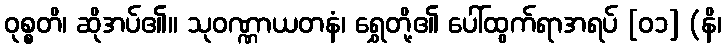
ဝုစ္စတိ၊ ဆိုအပ်၏။ သုဝဏ္ဏာယတနံ၊ ရွှေတို့၏ ပေါ်ထွက်ရာအရပ် [၀၁] (နိ၊